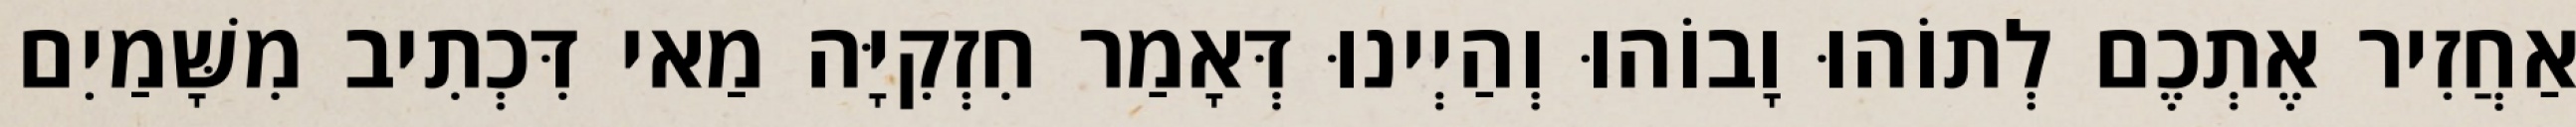
אַחֲזִיר אֶתְכֶם לְתוֹהוּ וָבוֹהוּ וְהַיְינוּ דְּאָמַר חִזְקִיָּה מַאי דִּכְתִיב מִשָּׁמַיִם